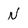
Character: N